Lunatic asylums Bombay report 1878-1890 - 1878-1890
Year: 1878
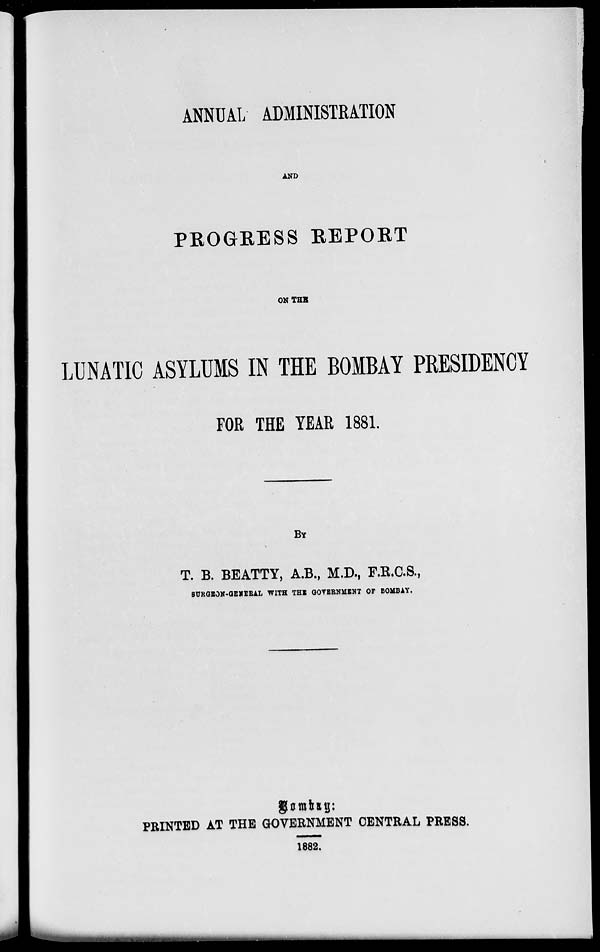
ANNUAL ADMINISTRATION
AND
PROGRESS REPORT
ON THE
LUNATIC ASYLUMS IN THE BOMBAY PRESIDENCY
FOR THE YEAR 1881.
BY
T. B. BEATTY, A.B., M.D., F.R.C.S.,
SURGEON-GENERAL WITH THE GOVERNMENT OF BOMBAY.
Bombay :
PRINTED AT THE GOVERNMENT CENTRAL PRESS.
1882.